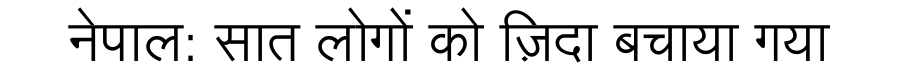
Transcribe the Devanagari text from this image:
नेपाल: सात लोगों को ज़िदा बचाया गया